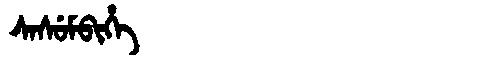
Manchu: ᠰᠠᠰᡠᠮᠪᡳᡥᡝ
Romanization: SASUMBIHE